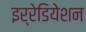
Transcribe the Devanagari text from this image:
इर्रेडियेशन